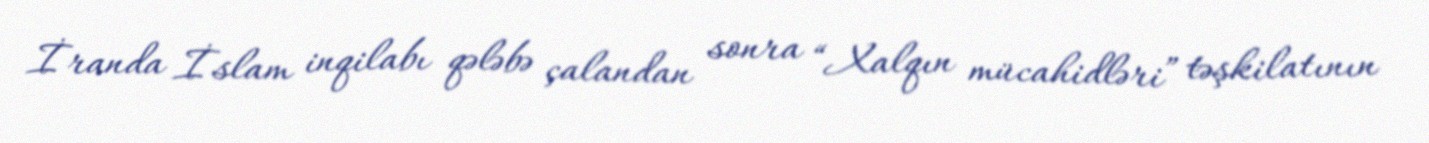
İranda İslam inqilabı qələbə çalandan sonra “Xalqın mücahidləri” təşkilatının